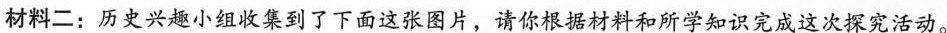
材料二：历史兴趣小组收集到了下面这张图片，请你根据材料和所学知识完成这次探究活动。